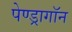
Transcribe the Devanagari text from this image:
पेण्ड्रागॉन